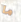
ما